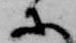
等